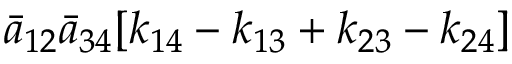
{ \bar { a } } _ { 1 2 } { \bar { a } } _ { 3 4 } [ k _ { 1 4 } - k _ { 1 3 } + k _ { 2 3 } - k _ { 2 4 } ]